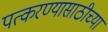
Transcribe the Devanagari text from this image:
पत्करण्यासाठीच्या